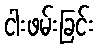
ငါးဖမ်းခြင်း